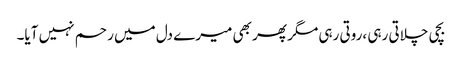
بچی چلاتی رہی ،روتی رہی مگر پھر بھی میرے دل میں رحم نہیں آیا۔